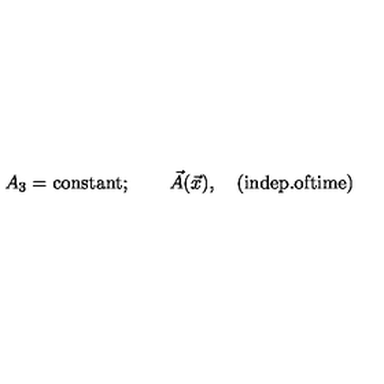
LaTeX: A _ { 3 } = \mathrm { c o n s t a n t } ; \qquad \vec { A } ( \vec { x } ) , \quad \mathrm { ( i n d e p . o f t i m e ) }